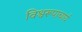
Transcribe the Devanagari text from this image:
विश्वरूपाचार्य